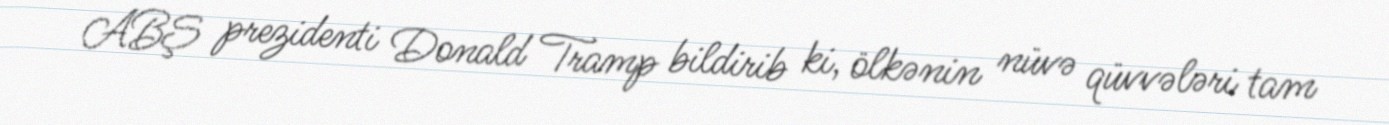
ABŞ prezidenti Donald Tramp bildirib ki, ölkənin nüvə qüvvələri tam